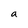
Character: a